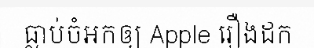
ធ្លាប់ចំអកឲ្យ Apple រឿងដក